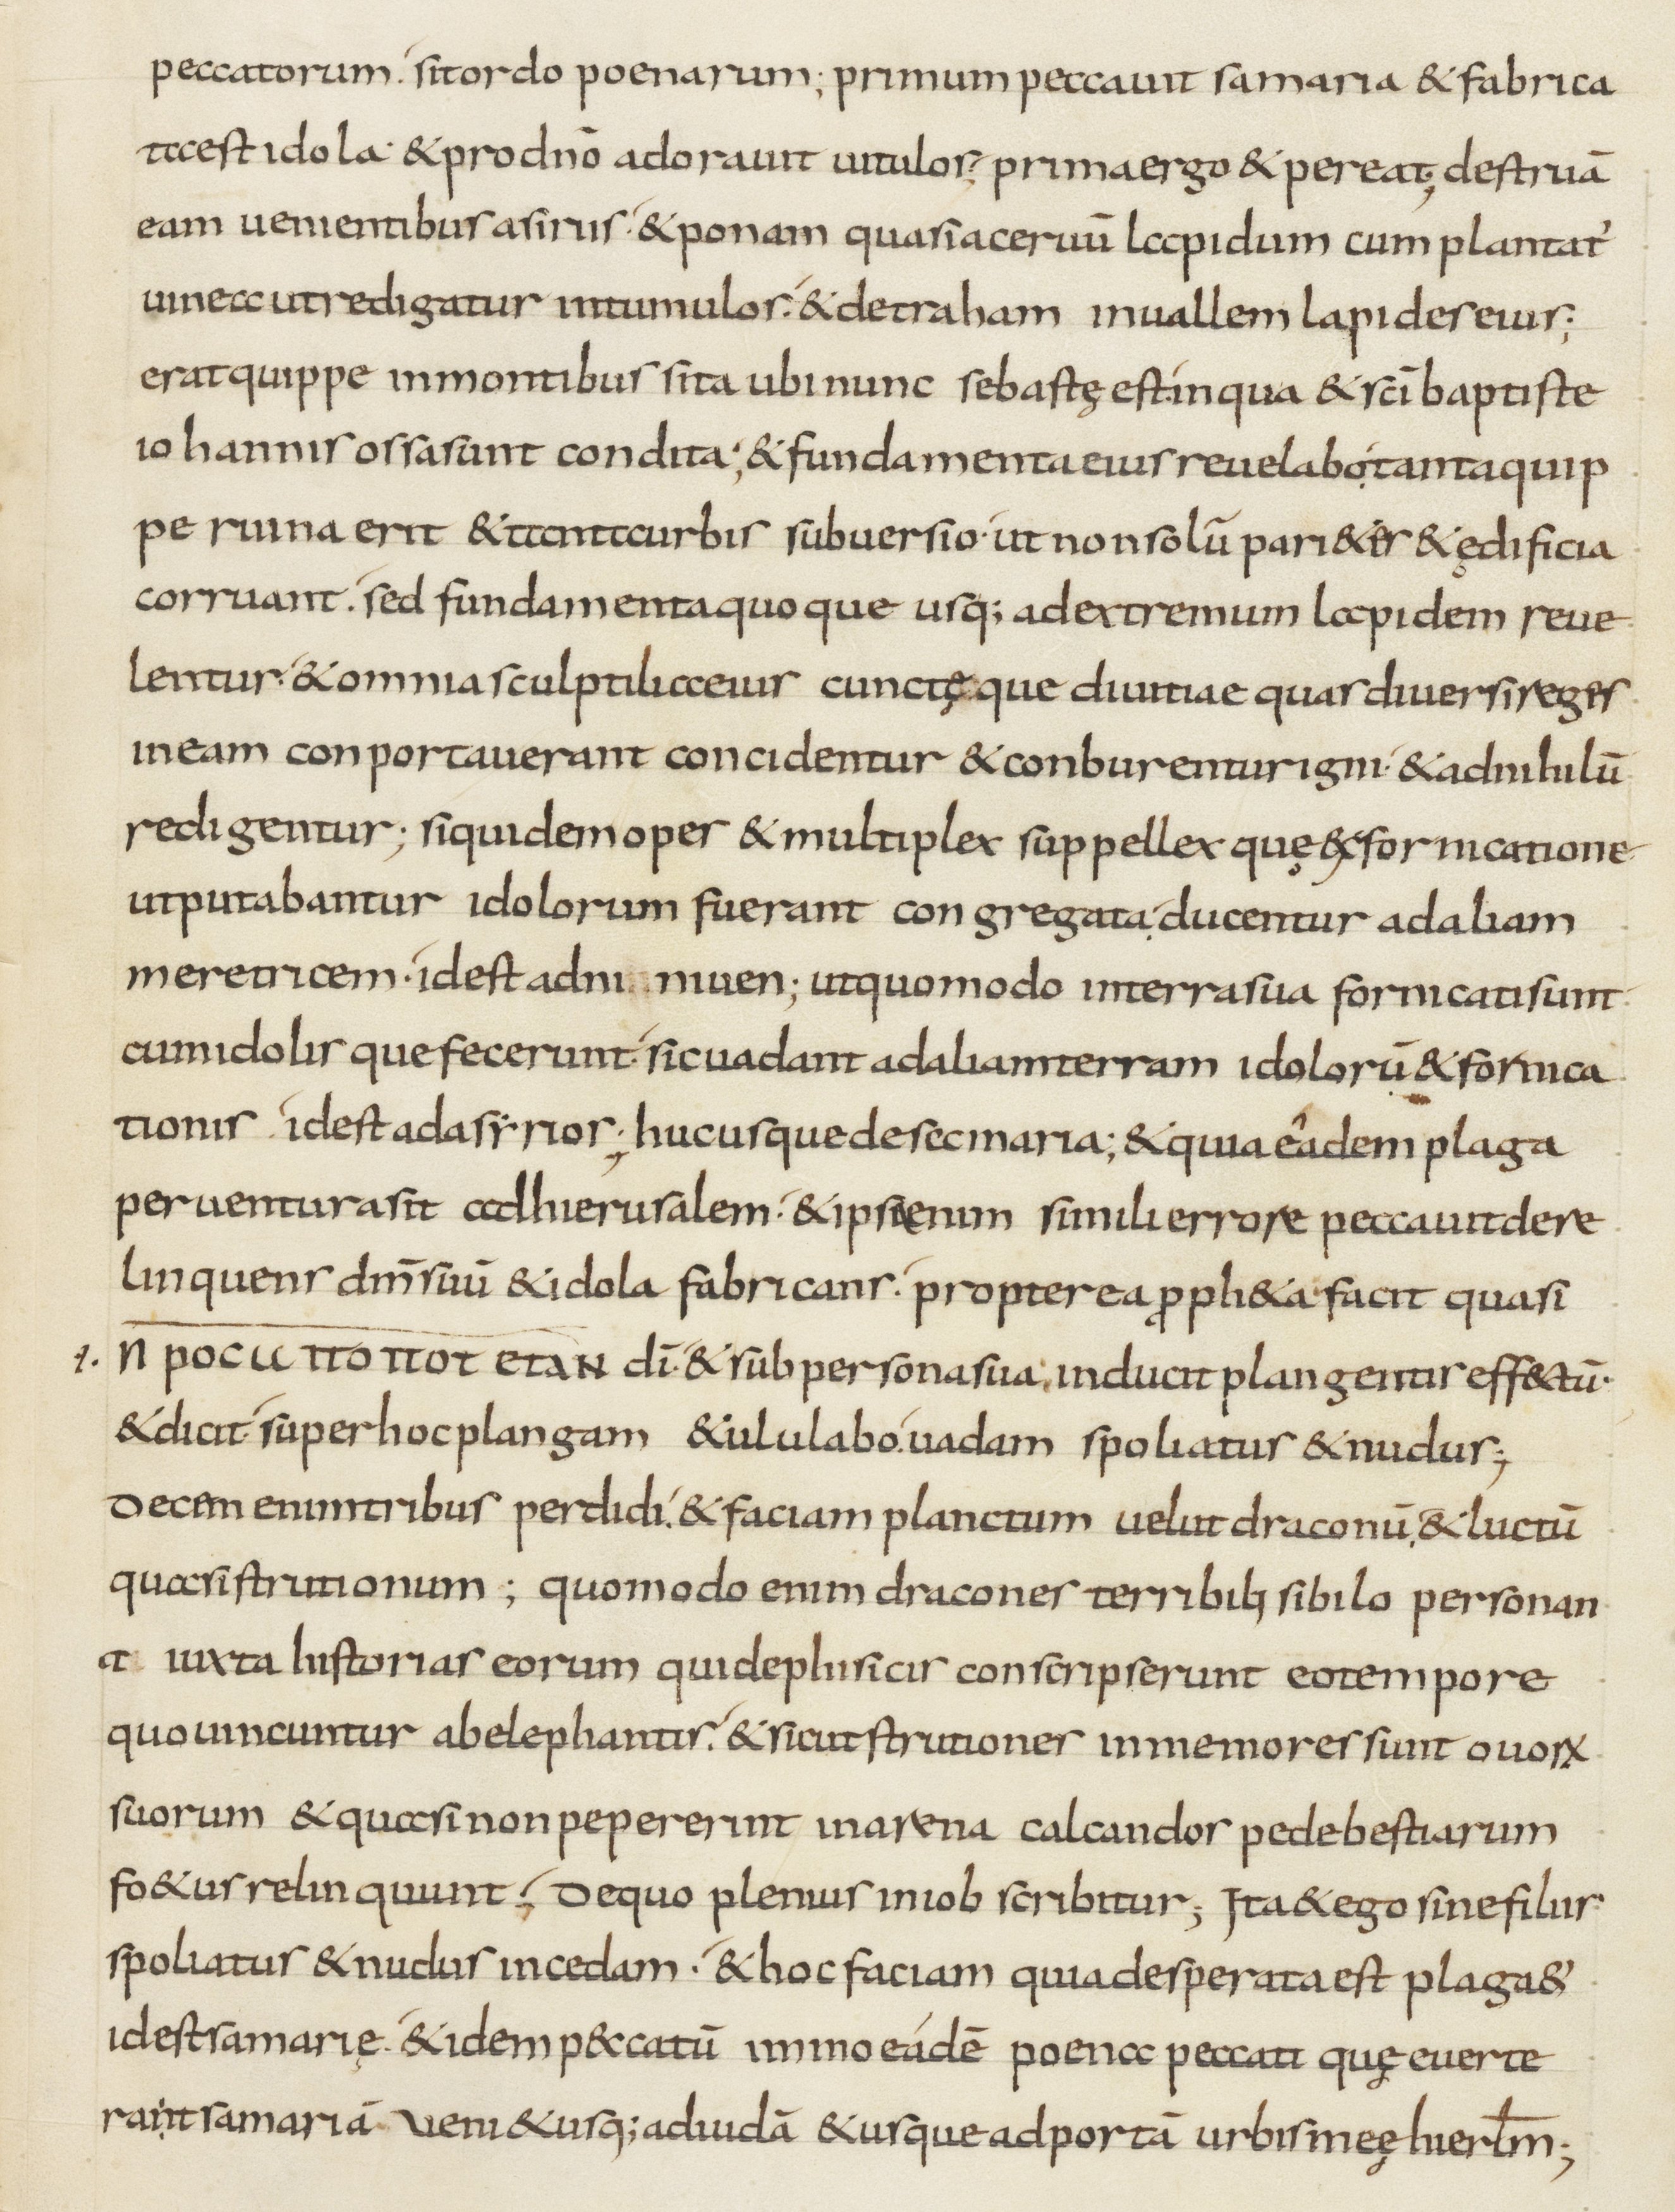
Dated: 800–899